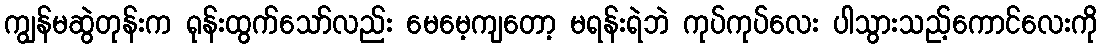
ကျွန်မဆွဲတုန်းက ရုန်းထွက်သော်လည်း မေမေ့ကျတော့ မရန်းရဲဘဲ ကုပ်ကုပ်လေး ပါသွားသည့်ကောင်လေးကို